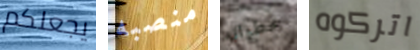
يجعلكم منصبه خطواته اتركوه